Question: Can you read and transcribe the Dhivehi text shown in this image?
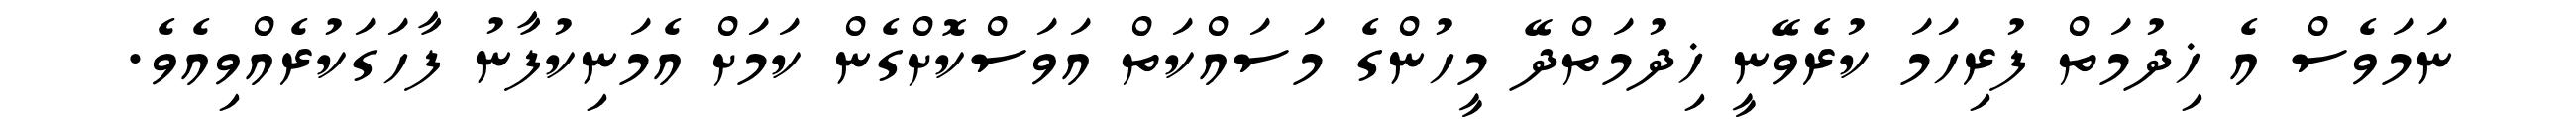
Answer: ނަމަވެސް އެ ޚިދުމަތް ފުރިހަމަ ކުރެވޭނީ ޚިދުމަތްދޭ މީހުންގެ މަސައްކަތް އަވަސްކޮށްގެން ކަމަށް އެމަނިކުފާނު ފާހަގަކުރެއްވިއެވެ.